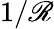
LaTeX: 1/\mathscr{R}